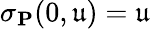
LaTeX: \sigma_{\mathbf{P}}(0,\mathfrak{u})=\mathfrak{u}